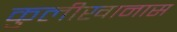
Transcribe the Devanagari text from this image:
कुलीखानास